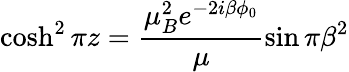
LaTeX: \cosh^{2}\pi z=\frac{\mu_{B}^{2}e^{-2i\beta\phi_{0}}}{\mu}\sin\pi\beta^{2}